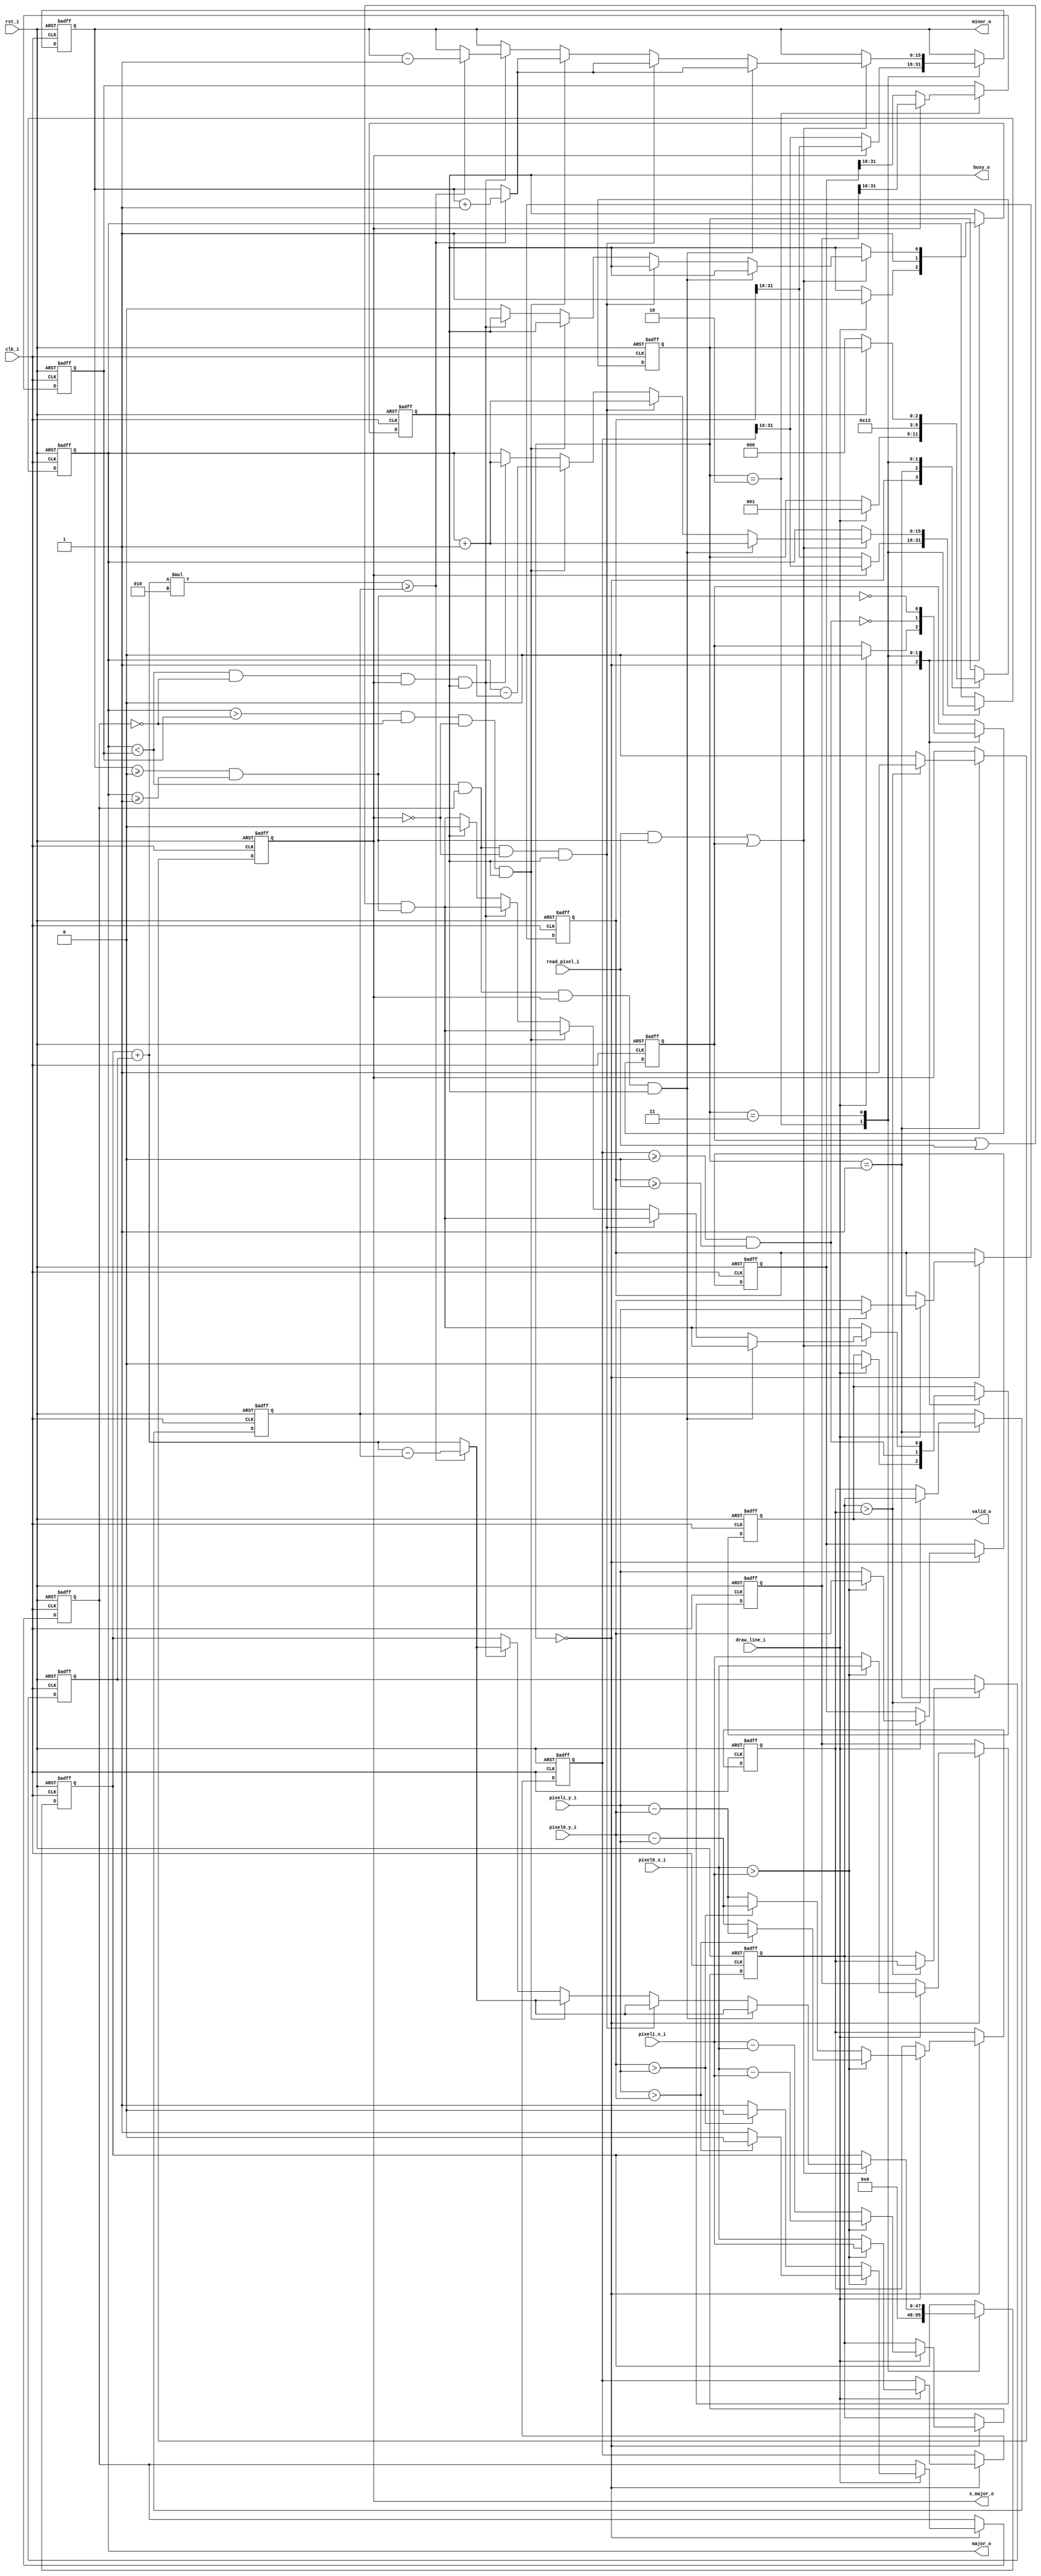
/*
ORSoC GFX accelerator core
Copyright 2012, ORSoC, Per Lenander, Anton Fosselius.

Bresenham line algarithm 

 This file is part of orgfx.

 orgfx is free software: you can redistribute it and/or modify
 it under the terms of the GNU Lesser General Public License as published by
 the Free Software Foundation, either version 3 of the License, or
 (at your option) any later version. 

 orgfx is distributed in the hope that it will be useful,
 but WITHOUT ANY WARRANTY; without even the implied warranty of
 MERCHANTABILITY or FITNESS FOR A PARTICULAR PURPOSE.  See the
 GNU Lesser General Public License for more details.

 You should have received a copy of the GNU Lesser General Public License
 along with orgfx.  If not, see <http://www.gnu.org/licenses/>.

*/
// trigger on high

module bresenham_line(clk_i, rst_i,
pixel0_x_i, pixel0_y_i, pixel1_x_i, pixel1_y_i, 
draw_line_i, read_pixel_i, 
busy_o, x_major_o, major_o, minor_o, valid_o
);

parameter point_width = 16;
parameter subpixel_width = 16;

input clk_i;
input rst_i;

input signed [point_width-1:-subpixel_width] pixel0_x_i;
input signed [point_width-1:-subpixel_width] pixel1_x_i;
input signed [point_width-1:-subpixel_width] pixel0_y_i;
input signed [point_width-1:-subpixel_width] pixel1_y_i;

input draw_line_i;
input read_pixel_i;

output reg busy_o;
output reg valid_o;

output reg signed [point_width-1:0] major_o;
output reg signed [point_width-1:0] minor_o;

//line drawing reg & wires
reg [point_width-1:-subpixel_width] xdiff; // dx
reg [point_width-1:-subpixel_width] ydiff; // dy
output reg x_major_o; // if x is the major axis (for each x, y changes less then x)

// TODO: SUBPIXEL
reg signed [point_width-1:-subpixel_width] left_pixel_x; // this is the left most pixel of the two input pixels
reg signed [point_width-1:-subpixel_width] left_pixel_y; 
reg signed [point_width-1:-subpixel_width] right_pixel_x; // this is the right most pixel of the two input pixels
reg signed [point_width-1:-subpixel_width] right_pixel_y;

reg [point_width-1:-subpixel_width] delta_major; // if x is major this value is xdiff, else ydiff
reg [point_width-1:-subpixel_width] delta_minor; // if x is minor this value is xdiff, else ydiff

reg minor_slope_positive; // true if slope is in first quadrant 

reg  signed          [point_width-1:0] major_goal;
reg  signed [2*point_width-1:-subpixel_width] eps;
wire signed [2*point_width-1:-subpixel_width] eps_delta_minor;
wire done;

// State machine
reg [2:0] state;
parameter wait_state = 0, line_prep_state = 1, line_state = 2, raster_state = 3;

assign eps_delta_minor = eps+delta_minor;

always@(posedge clk_i or posedge rst_i)
if(rst_i)
  state <= wait_state;
else
  case (state)

    wait_state:
      if(draw_line_i)
        state <= line_prep_state; // if request for drawing a line, go to line drawing state

    line_prep_state:
      state <= line_state;

    line_state:
      state <= raster_state;

    raster_state:
      if(!busy_o)
        state <= wait_state;

  endcase

wire is_inside_screen = (minor_o >= 0) & (major_o >= -1);
reg previously_outside_screen;

always@(posedge clk_i or posedge rst_i)
begin
  if(rst_i)
  begin
    minor_slope_positive <= 1'b0;
    eps                  <= 1'b0;
    major_o              <= 1'b0;
    minor_o              <= 1'b0;
    busy_o               <= 1'b0;
    major_goal           <= 1'b0;
    x_major_o            <= 1'b0;
    delta_minor          <= 1'b0;
    delta_major          <= 1'b0;
    valid_o              <= 1'b0;
    left_pixel_x         <= 1'b0;
    left_pixel_y         <= 1'b0;
    right_pixel_x        <= 1'b0;
    right_pixel_y        <= 1'b0;
    xdiff                <= 1'b0;
    ydiff                <= 1'b0;
    previously_outside_screen <= 1'b0;
  end
  else
  begin

// ## new magic
    // Start a raster line operation 
   case (state)

      wait_state:
        if(draw_line_i)
        begin
          // set busy!
          previously_outside_screen <= 1'b0;
          busy_o  <= 1'b1;
          valid_o <= 1'b0;
          // check diff in x and y
          if(pixel0_x_i > pixel1_x_i)
          begin
            xdiff         <= pixel0_x_i - pixel1_x_i;

            // pixel0 is greater then pixel1, pixel1 is left of pixel0.
            left_pixel_x  <= pixel1_x_i;
            left_pixel_y  <= pixel1_y_i;
            right_pixel_x <= pixel0_x_i;
            right_pixel_y <= pixel0_y_i;

            // check diff for y axis (swapped)
            if(pixel1_y_i > pixel0_y_i)
            begin
              ydiff                <= pixel1_y_i - pixel0_y_i;
              minor_slope_positive <= 1'b0;
            end
            else
            begin
              ydiff                <= pixel0_y_i - pixel1_y_i;
              minor_slope_positive <= 1'b1;
            end

          end
          else
          begin
            xdiff         <= pixel1_x_i - pixel0_x_i;

            // pixel1 is greater then pixel0, pixel0 is left of pixel1.
            left_pixel_x  <= pixel0_x_i;
            left_pixel_y  <= pixel0_y_i;
            right_pixel_x <= pixel1_x_i;
            right_pixel_y <= pixel1_y_i;

            // check diff for y axis
            if(pixel0_y_i > pixel1_y_i)
            begin
              ydiff                <= pixel0_y_i - pixel1_y_i;
              minor_slope_positive <= 1'b0; // the slope is "\" negative
            end
            else
            begin
              ydiff                <= pixel1_y_i - pixel0_y_i;
              minor_slope_positive <= 1'b1; // the slope is "/" positive
            end
          end
        end

    // Prepare linedrawing
      line_prep_state:
      begin
        if(xdiff > ydiff)
        begin // x major axis
          x_major_o    <= 1'b1;
          delta_major  <= xdiff;
          delta_minor  <= ydiff;
        end
        else
        begin // y major axis 
          x_major_o    <= 1'b0;    
          delta_major  <= ydiff;
          delta_minor  <= xdiff; 
        end
      end


      // Rasterize a line between dest_pixel0 and dest_pixel1 (rasterize = generate the pixels)
      line_state:
      begin
          if(x_major_o) 
          begin
            major_o    <= $signed(left_pixel_x[point_width-1:0]);
            minor_o    <= $signed(left_pixel_y[point_width-1:0]);
            major_goal <= $signed(right_pixel_x[point_width-1:0]);
          end
          else 
          begin
            major_o    <= $signed(left_pixel_y[point_width-1:0]);
            minor_o    <= $signed(left_pixel_x[point_width-1:0]);
            major_goal <= $signed(right_pixel_y[point_width-1:0]);
          end
          eps          <= 1'b0;
          busy_o       <= 1'b1;
          valid_o      <= (left_pixel_x >= 0 && left_pixel_y >= 0);

          previously_outside_screen <= ~(left_pixel_x >= 0 && left_pixel_y >= 0);
      end

    raster_state:
    begin
      // pixels is now valid!           
      valid_o <= (previously_outside_screen | read_pixel_i) & is_inside_screen;

      previously_outside_screen <= ~is_inside_screen;

      //bresenham magic
      if((read_pixel_i & is_inside_screen) | previously_outside_screen)
      begin
        if((major_o < major_goal) & minor_slope_positive & x_major_o & busy_o) // if we are between endpoints and want to draw a line, continue
        begin
          major_o   <=  major_o + 1'b1; // major axis increeses
    
          if((eps_delta_minor*2) >= $signed(delta_major))
          begin
            eps     <=  eps_delta_minor - delta_major;
            minor_o <=  minor_o + 1'b1; // minor axis increeses
          end
          else
            eps     <=  eps_delta_minor;
        end
        else if((major_o < major_goal) & minor_slope_positive & !x_major_o & busy_o) 
        begin
          major_o   <=  major_o + 1'b1; // major axis increeses
    
          if((eps_delta_minor*2) >= $signed(delta_major))
          begin
            eps     <=  eps_delta_minor - delta_major;
            minor_o <=  minor_o + 1'b1; // minor axis increeses
          end
          else
            eps     <=  eps_delta_minor;
        end
        else if((major_o > major_goal) & !minor_slope_positive & !x_major_o & busy_o)// the slope is negative
        begin
          major_o   <=  major_o - 1'b1; // major axis decreeses

          if((eps_delta_minor*2) >= $signed(delta_major))
          begin
            eps     <=  eps_delta_minor - delta_major;
            minor_o <=  minor_o + 1'b1; // minor axis increeses
          end
          else
            eps     <=  eps_delta_minor;
        end
        else if((major_o < major_goal) & !minor_slope_positive & x_major_o & busy_o)// special to fix ocant 4 & 8.
        begin
          major_o   <=  major_o + 1'b1; // major axis increeses

          if((eps_delta_minor*2) >= $signed(delta_major))
          begin
            eps     <=  eps_delta_minor - delta_major;
            minor_o <=  minor_o - 1'b1; // minor axis decreeses
          end
          else
            eps     <=  eps_delta_minor;
        end
        // if we have reached tho goal and are busy, stop being busy.
        else if(busy_o)
        begin
          busy_o <=  1'b0;
          valid_o <= 1'b0;
        end
      end
    end
    endcase
  end
end

endmodule